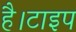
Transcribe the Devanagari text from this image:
है।टाइप